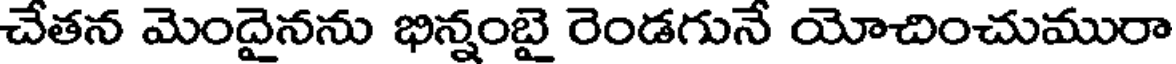
చేతన మెందైనను భిన్నంబై రెండగునే యోచించుమురా